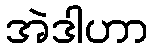
အဲဒါဟာ